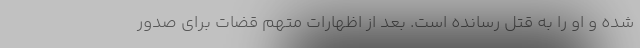
شده و او را به قتل رسانده است. بعد از اظهارات متهم قضات برای صدور